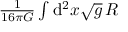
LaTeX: \textstyle { \frac { 1 } { 1 6 \pi G } } \int \mathrm { d } ^ { 2 } x { \sqrt { g } } \, R